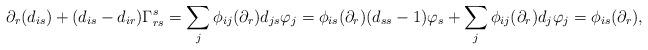
LaTeX: \begin{align*} \partial_r(d_{is})+(d_{is}-d_{ir})\Gamma_{rs}^s=\sum_j\phi_{ij}(\partial_r)d_{js}\varphi_j=\phi_{is}(\partial_r)(d_{ss}-1)\varphi_s+\sum_j\phi_{ij}(\partial_r)d_j\varphi_j=\phi_{is}(\partial_r), \end{align*}